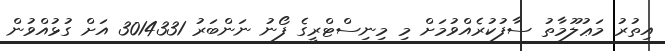
އިތުރު މަޢުލޫމާތު ސާފުކުރެއްވުމަށް މި މިނިސްޓްރީގެ ފޯނު ނަންބަރު 3014331 އަށް ގުޅުއްވުން